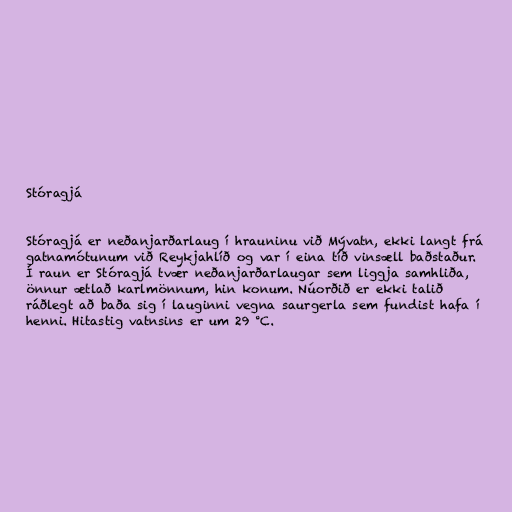
Stóragjá

Stóragjá er neðanjarðarlaug í hrauninu við Mývatn, ekki langt frá
gatnamótunum við Reykjahlíð og var í eina tíð vinsæll baðstaður.
Í raun er Stóragjá tvær neðanjarðarlaugar sem liggja samhliða,
önnur ætlað karlmönnum, hin konum. Núorðið er ekki talið
ráðlegt að baða sig í lauginni vegna saurgerla sem fundist hafa í
henni. Hitastig vatnsins er um 29 °C.